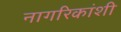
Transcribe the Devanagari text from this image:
नागरिकांशी